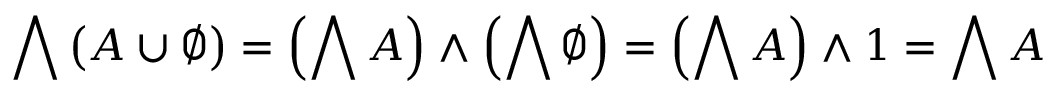
\bigwedge \left( A \cup \emptyset \right) = \left( \bigwedge A \right) \wedge \left( \bigwedge \emptyset \right) = \left( \bigwedge A \right) \wedge 1 = \bigwedge A